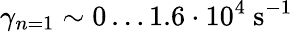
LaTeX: {\gamma_{n=1}\sim 0\dots 1.6\cdot 10^{4}~\mathrm{s}^{-1}}